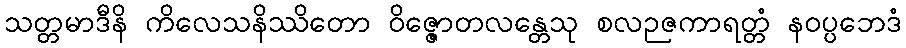
သတ္တမာဒီနိ ကိလေသနိဿိတော ဝိဇ္ဇောတလန္တေသု စလဉဇကာရတ္တံ နဝပ္ပဘေဒံ